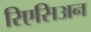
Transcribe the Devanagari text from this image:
रिएसिअन